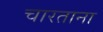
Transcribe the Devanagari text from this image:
चारताना